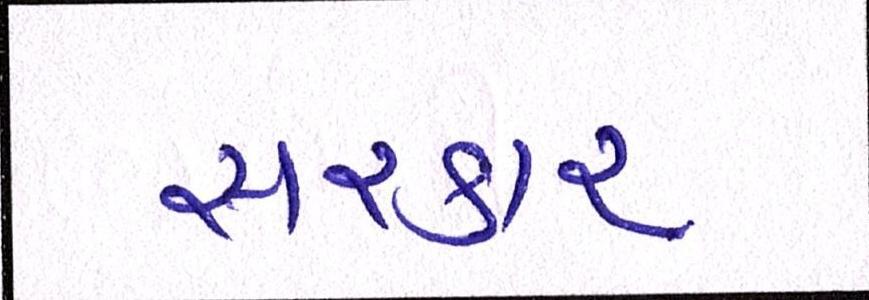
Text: સરકાર